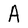
Character: A